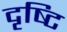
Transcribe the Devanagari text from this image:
दृष्‍टि